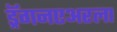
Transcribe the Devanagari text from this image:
ड्रॅगनएअरला